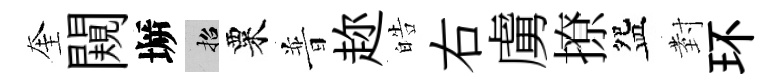
奎闚󶱲招粟普趂皓右虜撩盌𭔹环